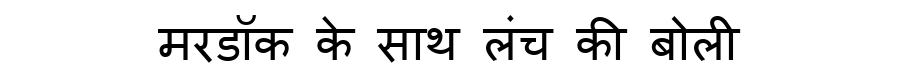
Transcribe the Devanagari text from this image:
मरडॉक के साथ लंच की बोली